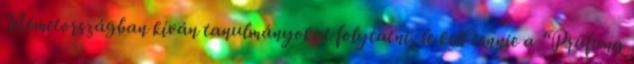
Németországban kíván tanulmányokat folytatni, le kell tennie a “Prüfung